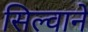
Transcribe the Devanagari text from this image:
सिल्वाने